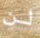
لن